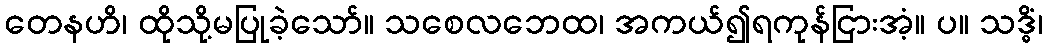
တေနဟိ၊ ထိုသို့မပြုခဲ့သော်။ သစေလဘေထ၊ အကယ်၍ရကုန်ငြားအံ့။ ပ။ သဒ္ဓိံ၊